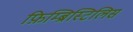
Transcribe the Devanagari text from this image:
फ़िम्ब्रिस्टिलिस